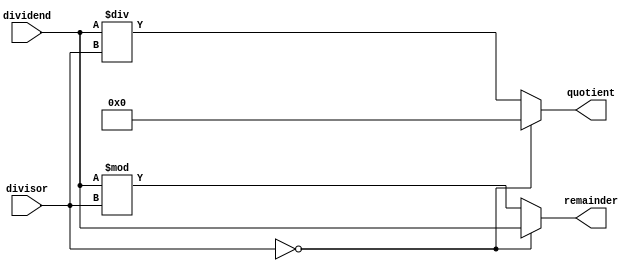
module AsynchronousDivider (
    input [31:0] dividend,
    input [31:0] divisor,
    output reg [31:0] quotient,
    output reg [31:0] remainder
);

always @(*) begin
    if (divisor == 0) begin
        // Handle division by zero
        quotient = 32'b0;
        remainder = dividend;
    end else begin
        quotient = dividend / divisor;
        remainder = dividend % divisor;
    end
end

endmodule